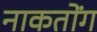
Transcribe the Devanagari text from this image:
नाकतोंग